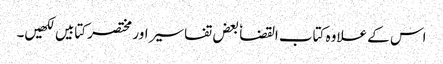
اس کے علاوہ کتاب القضا ٗ بعض تفاسیر اور مختصر کتابیں لکھیں۔